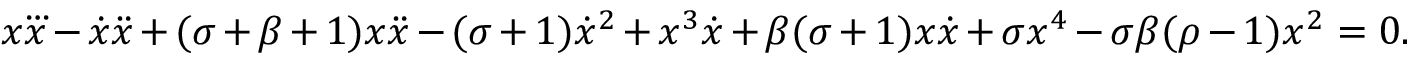
x \dddot { x } - \dot { x } \ddot { x } + ( \sigma + \beta + 1 ) x \ddot { x } - ( \sigma + 1 ) \dot { x } ^ { 2 } + x ^ { 3 } \dot { x } + \beta ( \sigma + 1 ) x \dot { x } + \sigma x ^ { 4 } - \sigma \beta ( \rho - 1 ) x ^ { 2 } = 0 .